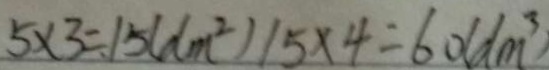
5 \times 3 = 1 5 ( d m ^ { 2 } ) 1 5 \times 4 = 6 0 ( d m ^ { 3 } )